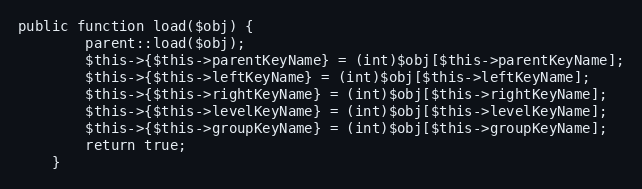
Language: PHP
public function load($obj) {
		parent::load($obj);
		$this->{$this->parentKeyName} = (int)$obj[$this->parentKeyName];
		$this->{$this->leftKeyName} = (int)$obj[$this->leftKeyName];
		$this->{$this->rightKeyName} = (int)$obj[$this->rightKeyName];
		$this->{$this->levelKeyName} = (int)$obj[$this->levelKeyName];
		$this->{$this->groupKeyName} = (int)$obj[$this->groupKeyName];
		return true;
	}